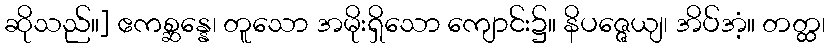
ဆိုသည်။] ဧကစ္ဆန္နေ၊ တူသော အမိုးရှိသော ကျောင်း၌။ နိပဇ္ဇေယျ၊ အိပ်အံ့။ တတ္ထ၊